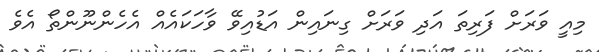
މިއީ ވަރަށް ފަރިތަ އަދި ވަރަށް ގިނައިން އަޑުއިވޭ ވާހަކައެއް އެހެންނޫންތޯ އެވެ